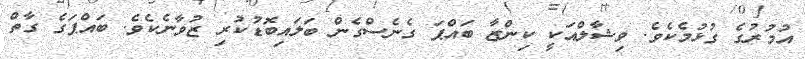
އުމުރުގެ ގުޅުމެކެވެ. ވިޝާލްއަކީ ކިންޒާ ބައްޕަ ގެނެސްގެން ބަލައިބޮޑުކުރި ޒުވާނެކެވެ. ބައްޕަގެ ގާތް